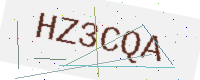
Text: HZ3CQA